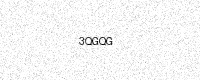
Text: 3QGQG